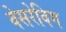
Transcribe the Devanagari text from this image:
वेसरेविग